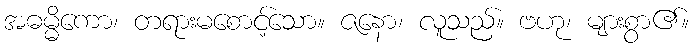
အဓမ္မိကော၊ တရားမစောင့်သော။ ဇနော၊ လူသည်။ ဗဟု၊ များစွာ၏။